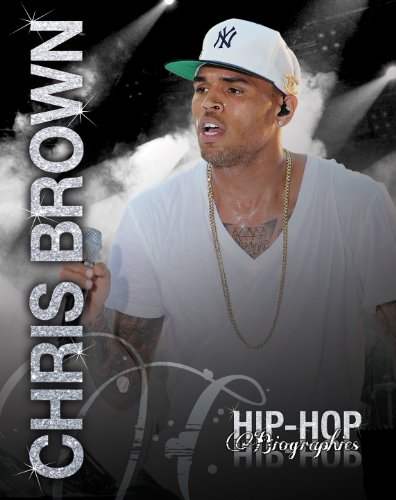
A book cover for Chris Brown (Hip-Hop Biographies); Saddleback Educational Publishing; Teen & Young Adult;